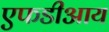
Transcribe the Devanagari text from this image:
एफडीआय